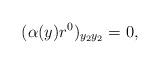
LaTeX: \begin{align*}(\alpha(y) r^0)_{y_2 y_2} = 0,\end{align*}